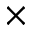
\times